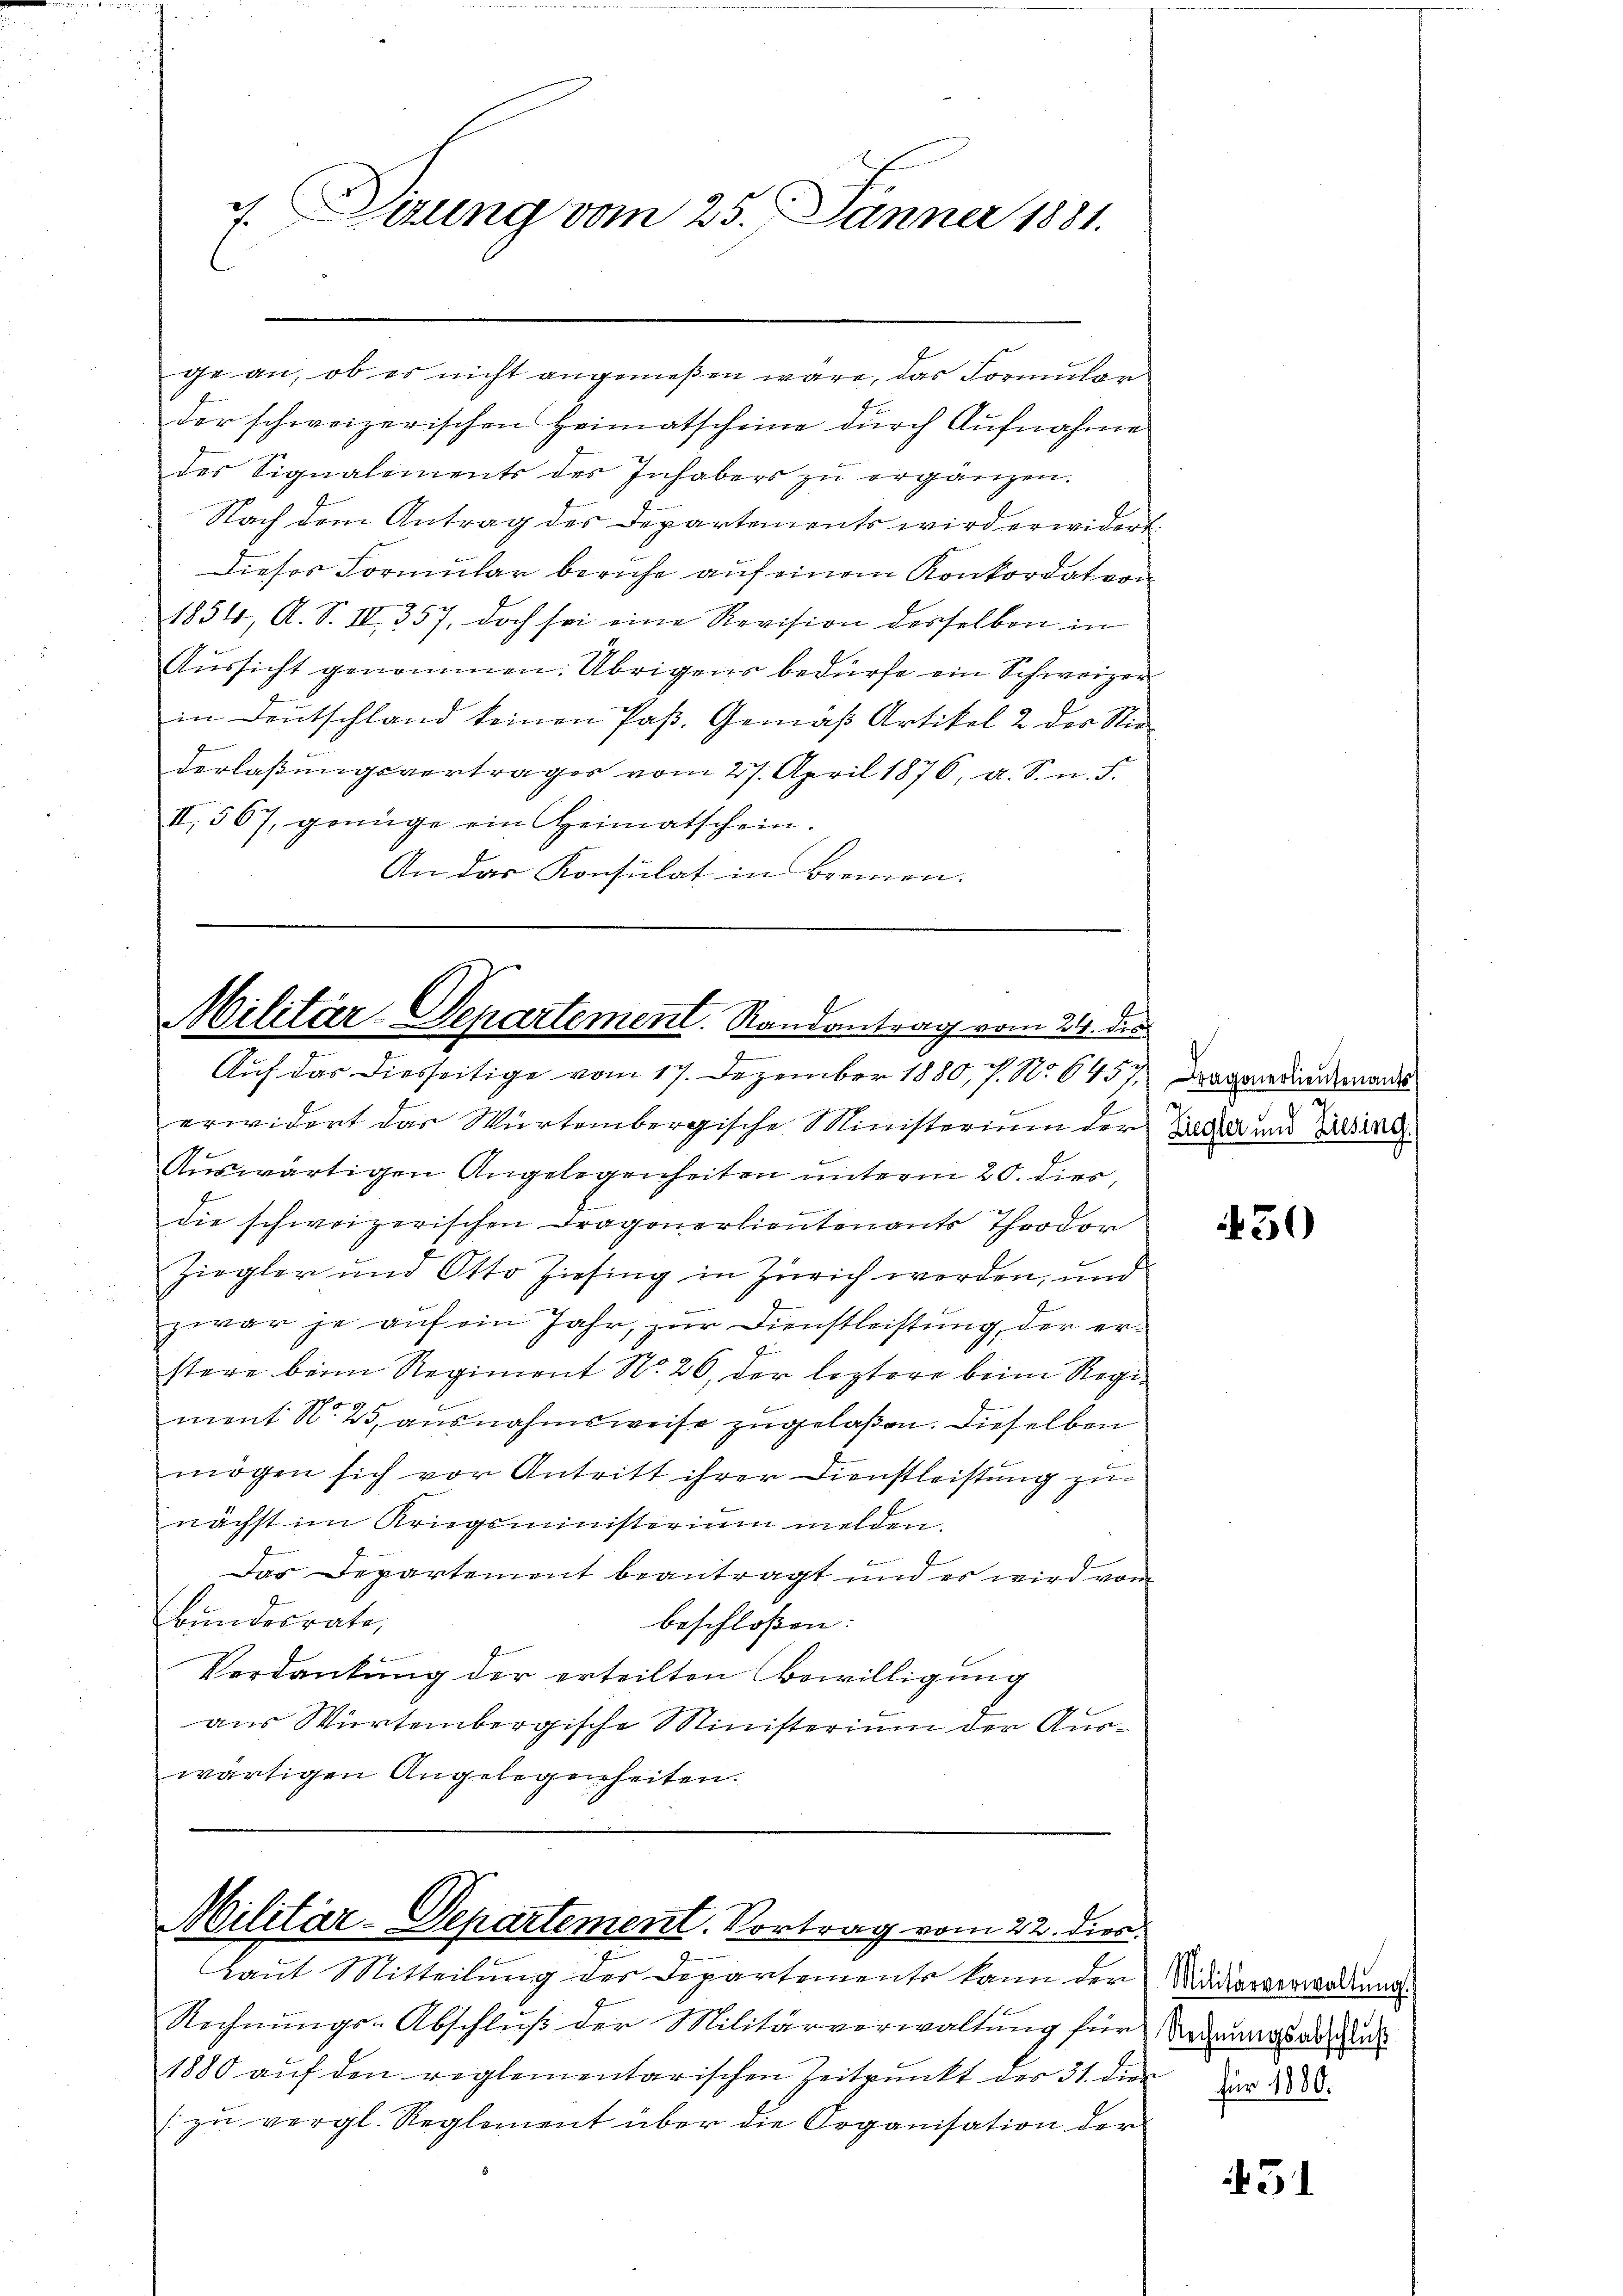
ge an, ob es nicht angemeßen wäre, das Formular
der schweizerischen Heimatscheine durch Aufnahme
des Signalements der Inhabers zŭ ergänzen.
Nach dem Antrag des Departements wird erwidert.
Dieses Formular beruhe auf einem Konkordat von
1854, A. S. IV 357, doch sei eine Revision desselben in
Aŭssicht genommen: Übrigens bedürfe ein Schweizer
in Deutschland keinen Paß. Gemäß Artikel 2 des Niederlaßungsverträger vom 27. April 1876, a. S. n. F.
II, 567, genüge ein Heimatschein.
An das Konsulat in Brauen.

7. Sitzung vom 25. Jänner 1881.

Militär-Departement. Randantrag vom 24. die
.
7
Auf das diesseitige vom 17. Dezember 1880, 7. No 6457 Dragandinnenant

erwidert das Würtembergische Ministerium der Zieger und Pal
Auswärtigen Angelegenheiten unterm 20. dies,
die schweizerischen Dragonerlieutenants Theodor
Ziegler und Otto hiesing in Zürich werden, und
zwar je auf ein Jahr, zur Dienstleistung der er¬
7
stere beim Regiment No. 26, der leztere beim Regiment Nr. 25, ausnahmsweise zugelaßen. Dieselben
mögen sich vor Antritt ihrer Dienstleistung zunächst im Kriegsministerium melden.
Das Departement beantragt und es wird von
bundesrate,
beschlossen:
Verdankung der erteilten Bewilligung
aus Würtembergische Ministerium der Auswärtigen Angelegenheiten.

Militär-Departement. Vortrag vom 22. dies

Laut Mitteilung der Departemente kann der Wididiarverwaltung.
Rechnungs-Abschluß der Militärverwaltung für Madamerade d
1880 aŭf den reglementarischen Zeitpunkt des 31. die
/ zu vergl. Reglement über die Organisation der

50

für 1880.

31